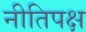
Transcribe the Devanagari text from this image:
नीतिपक्ष